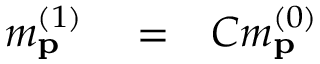
\begin{array} { r l r } { m _ { \mathbf { p } } ^ { ( 1 ) } } & { { } = } & { { \cal C } m _ { \mathbf { p } } ^ { ( 0 ) } } \end{array}